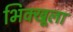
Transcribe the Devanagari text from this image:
भिक्खूला